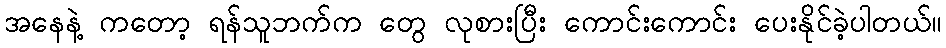
အနေနဲ့ ကတော့ ရန်သူဘက်က တွေ လုစားပြီး ကောင်းကောင်း ပေးနိုင်ခဲ့ပါတယ်။